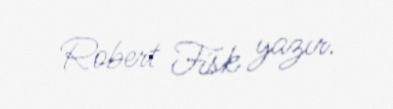
Robert Fisk yazır.